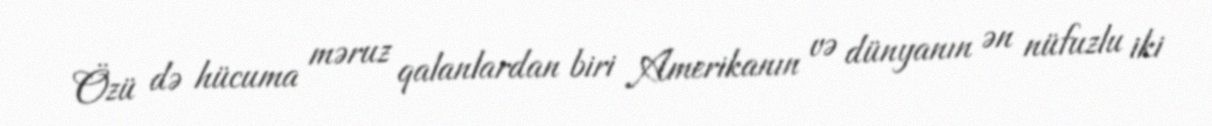
Özü də hücuma məruz qalanlardan biri Amerikanın və dünyanın ən nüfuzlu iki